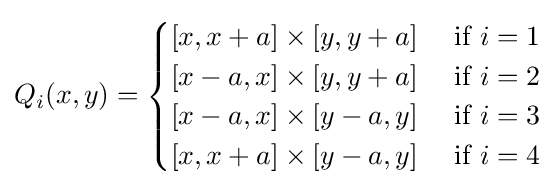
Q_{i}(x,y)={\begin{cases}\left[x,x+a\right]\times \left[y,y+a\right]&{\mbox{ if }}i=1\\\left[x-a,x\right]\times \left[y,y+a\right]&{\mbox{ if }}i=2\\\left[x-a,x\right]\times \left[y-a,y\right]&{\mbox{ if }}i=3\\\left[x,x+a\right]\times \left[y-a,y\right]&{\mbox{ if }}i=4\\\end{cases}}